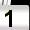
Digit: 1